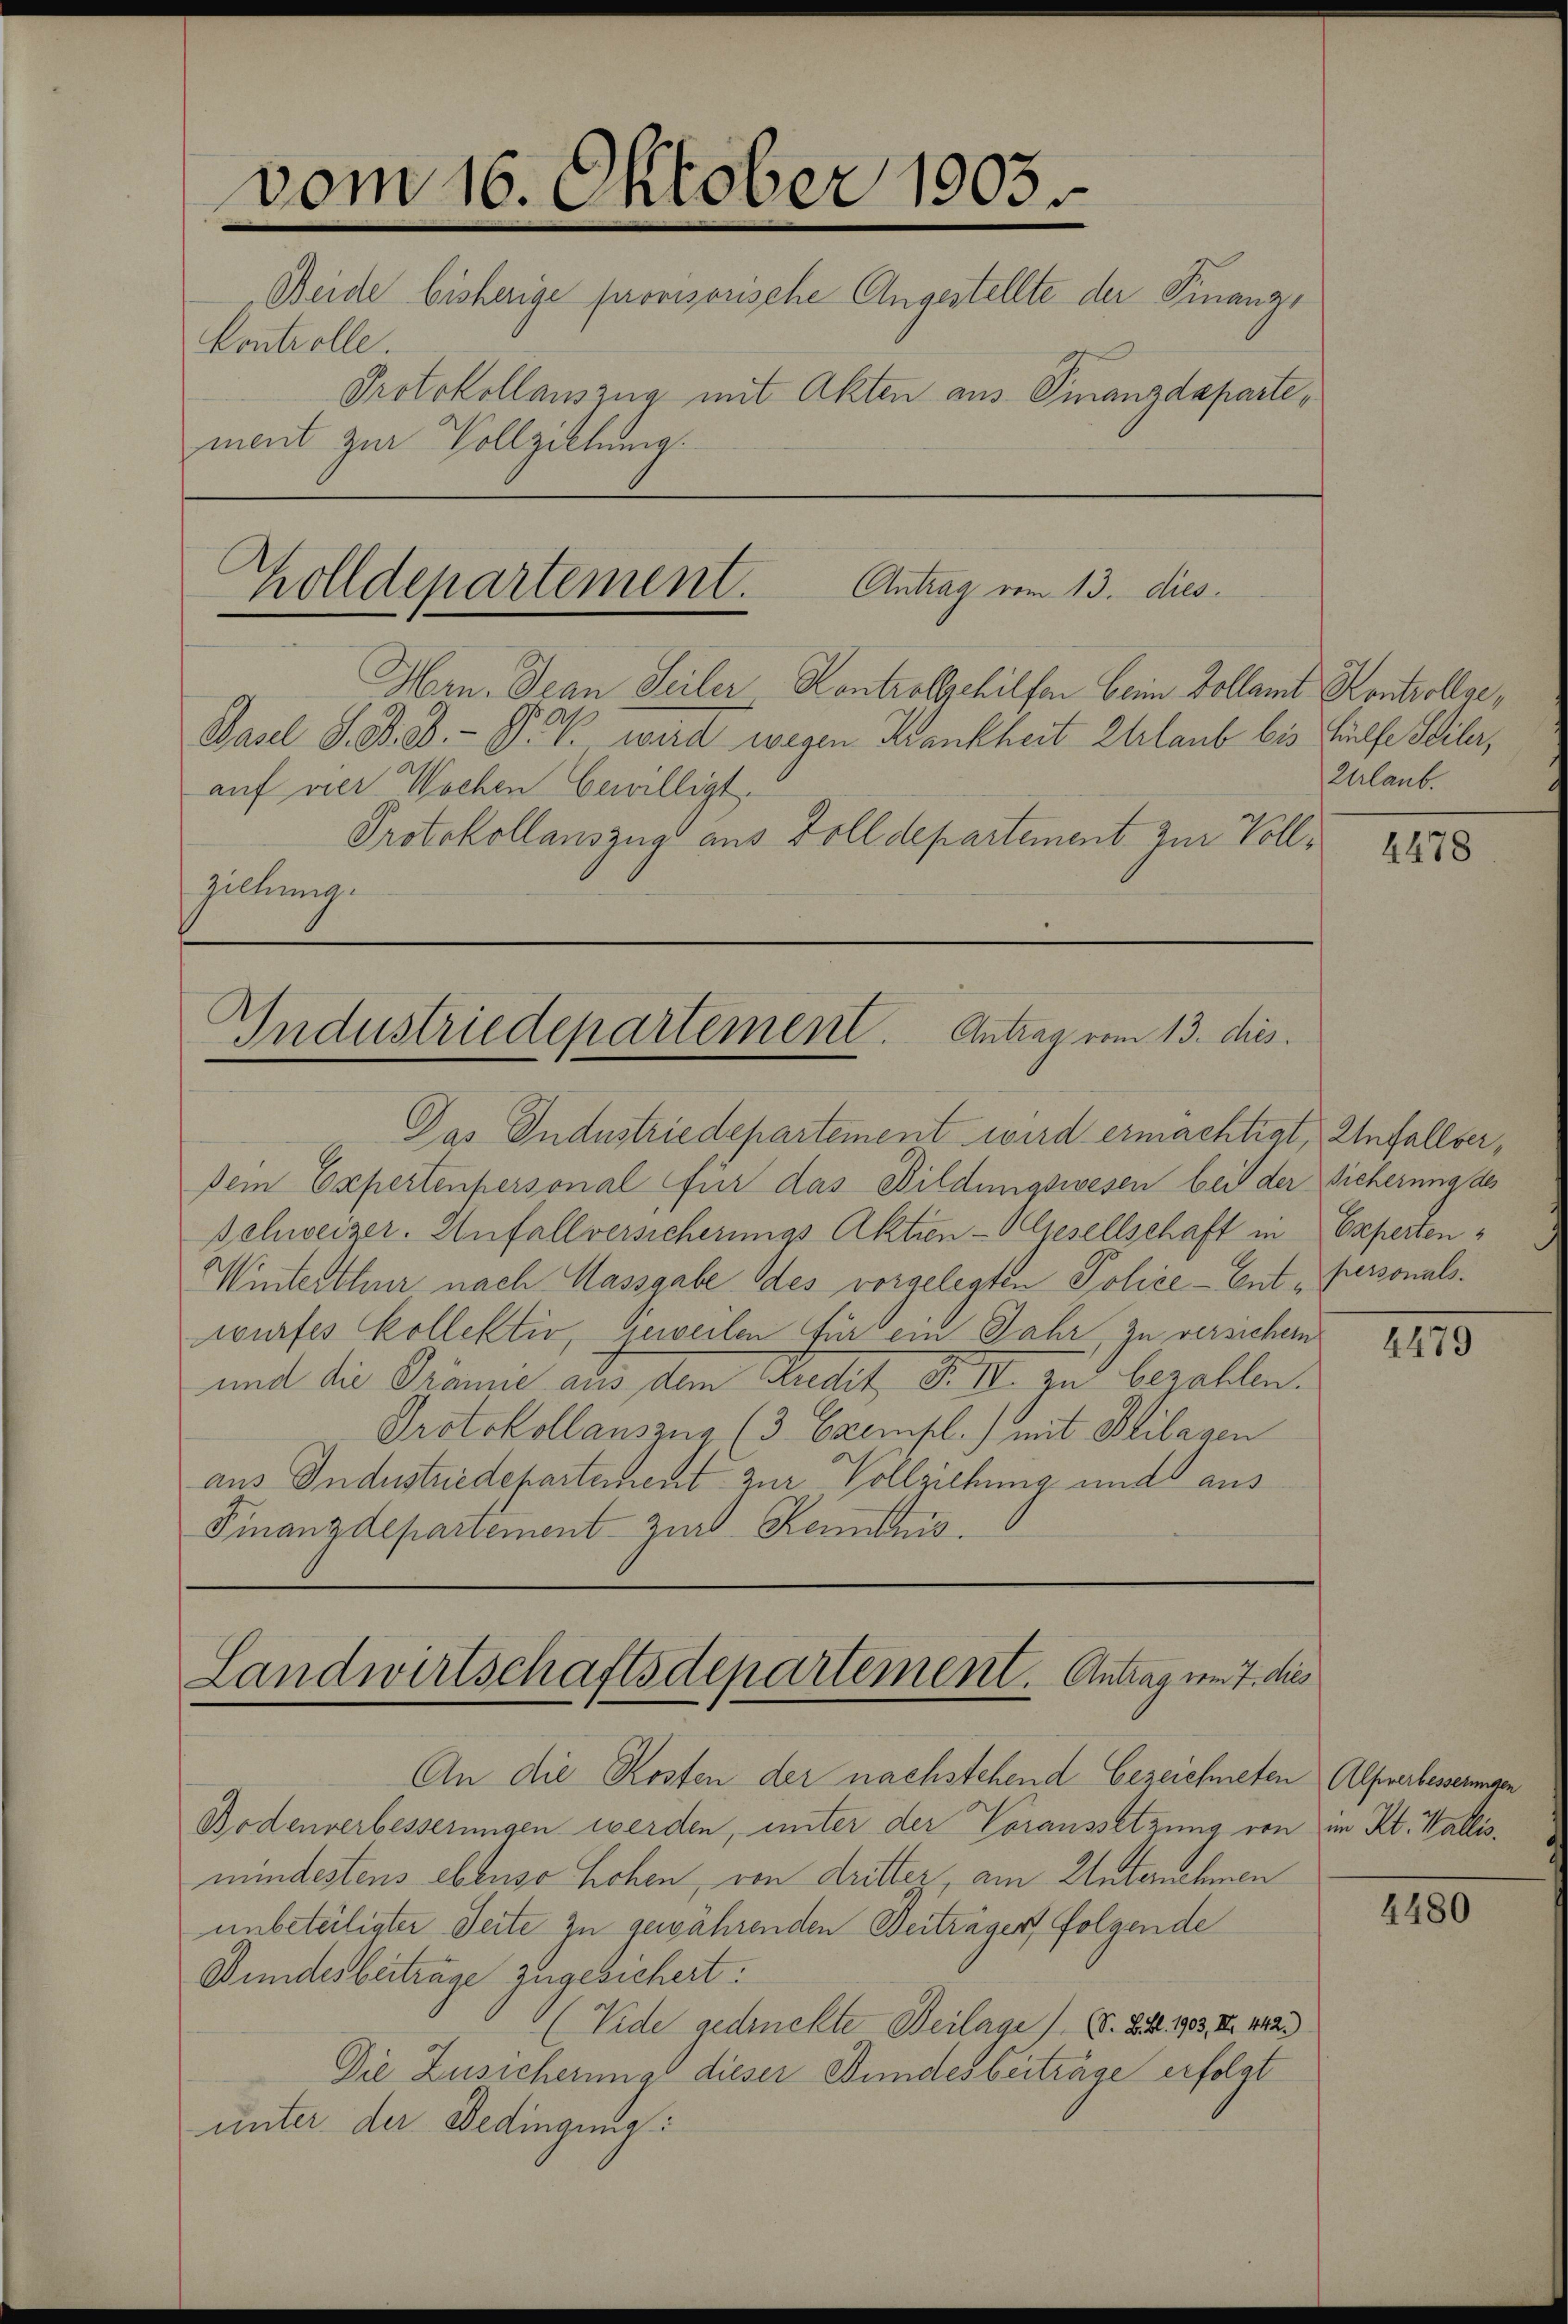
vom 16. Oktober 1903.
Beide bisherige provisorische Angestellte der Finanz¬
Controlle.
Protokollauszug mit Akten aus Finanzdeparte,
ment zur Vollziehung.

Zolldepartement. Antrag vom 13. dies
Hrn. Jean Seiler Kontrollschilfen beim Kollamt Kontrollar,
Basel S. B. G. P. V. wird wegen Krankheit Ehrlaub bis Hülfe Seiler,

auf vier Wochen bewilligt.
Protokollauszug aus Dolldepartement zur Vollzillung.

Industriedepartement. Antrag vom 13. dies

Das Industriedepartement wird ermächtigt, Unfall(...)¬
dem Expertenpersonal für das Bildungswesen bei der Sicherung des
schweizer. Anfallversicherungs Aktien-Gesellschaft in
Winterthur nach Massgabe des vorgelegten Police-Ent Personals.
wurfes kollektiv geweilen für ein Jahr zu versichen
mit die Promie aus dem Buchet, d. II. zu bezahlen.
Protokollauszug (3 Exempl.) mit Beilagen
aus Industriedepartement zur Vollziehung und aus
Finanzdepartement zur Kenntnis.

Landwirtschaftsdepartement. Antrag vom 7. dies

An die Kosten der nachstehend bezeichneten Alpverbesserungen
Bodenverbesserungen werden, unter der Voraussetzung von im Kt. Wallismindestens ebenso hohen, von dritter, am Unternehmen
unbeteiligter Seite zu gewährenden Beiträger folgende
Bundesbeiträge zugesichert:
Vide gedruckte Beilage (S. Bett. 1903, II 142)
Die Zusicherungs dieser Bundesbeiträge erfolgt
unter der Bedingung:

Urlaub.

4478

Experten

4479

4480